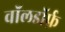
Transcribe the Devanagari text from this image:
वॉलडॉर्फ़